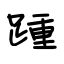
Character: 踵